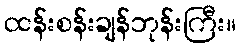
ထန်းစန်းချန်ဘုန်းကြီး။